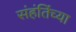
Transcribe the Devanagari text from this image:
संहंतिंच्या